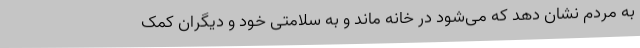
به مردم نشان دهد که می‌شود در خانه ماند و به سلامتی خود و دیگران کمک